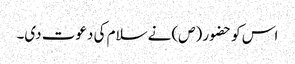
اس کو حضو ر (ص)نے سلام کی دعوت دی۔